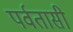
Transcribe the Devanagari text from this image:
पर्वतासी